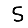
Digit: 5